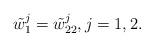
LaTeX: \begin{align*}\tilde w^j_1=\tilde w^j_{22},j=1,2.\end{align*}